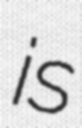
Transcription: is